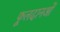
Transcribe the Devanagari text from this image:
फूलदानओं